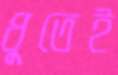
ধুতেই